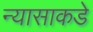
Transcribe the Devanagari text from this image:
न्यासाकडे